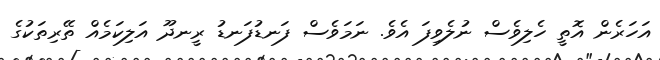
އަހަރެން އޮތީ ހެލިވެސް ނުލެވިފަ އެވެ. ނަމަވެސް ފަނޑުފަނޑު ރީނދޫ އަލިކަމެއް ތޭރިތަކުގެ